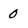
Character: 0